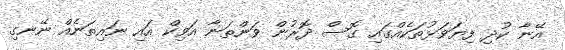
އޭނާ ކުދި ފިޔަވަޅުތަކެއްގައި ގޮސް ދޮރުން ވަންތަނާ އަވިކް އައި ނައިތަނެއް ނޭނގި